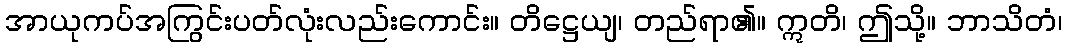
အာယုကပ်အကြွင်းပတ်လုံးလည်းကောင်း။ တိဋ္ဌေယျ၊ တည်ရာ၏။ ဣတိ၊ ဤသို့။ ဘာသိတံ၊